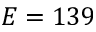
E = 1 3 9